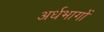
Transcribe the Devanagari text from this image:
अर्धभागों